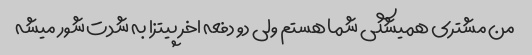
من مشتری همیشگی شما هستم ولی دو دفعه اخر پیتزا به شدت شور میشه